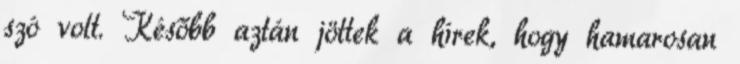
szó volt. Később aztán jöttek a hírek, hogy hamarosan